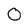
Character: 0